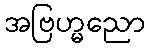
အဗြဟ္မညော